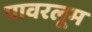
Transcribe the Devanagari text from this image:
पावरलूम